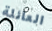
العائلة